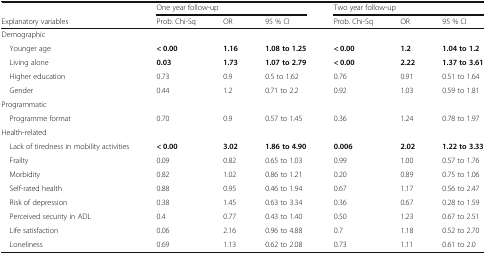
|  | <COLSPAN=3> One year follow-up | <COLSPAN=3> Two year follow-up |
 | Explanatory variables | Prob. Chi-Sq | OR | 95 % CI | Prob. Chi-Sq | OR | 95 % CI |
 | --- | --- | --- | --- | --- | --- | --- |
 | <COLSPAN=7> Demographic |
 | Younger age | < 0.00 | 1.16 | 1.08 to 1.25 | < 0.00 | 1.2 | 1.04 to 1.2 |
 | Living alone | 0.03 | 1.73 | 1.07 to 2.79 | < 0.00 | 2.22 | 1.37 to 3.61 |
 | Higher education | 0.73 | 0.9 | 0.5 to 1.62 | 0.76 | 0.91 | 0.51 to 1.64 |
 | Gender | 0.44 | 1.2 | 0.71 to 2.2 | 0.92 | 1.03 | 0.59 to 1.81 |
 | <COLSPAN=7> Programmatic |
 | Programme format | 0.70 | 0.9 | 0.57 to 1.45 | 0.36 | 1.24 | 0.78 to 1.97 |
 | <COLSPAN=7> Health-related |
 | Lack of tiredness in mobility activities | < 0.00 | 3.02 | 1.86 to 4.90 | 0.006 | 2.02 | 1.22 to 3.33 |
 | Frailty | 0.09 | 0.82 | 0.65 to 1.03 | 0.99 | 1.00 | 0.57 to 1.76 |
 | Morbidity | 0.82 | 1.02 | 0.86 to 1.21 | 0.20 | 0.89 | 0.75 to 1.06 |
 | Self-rated health | 0.88 | 0.95 | 0.46 to 1.94 | 0.67 | 1.17 | 0.56 to 2.47 |
 | Risk of depression | 0.38 | 1.45 | 0.63 to 3.34 | 0.36 | 0.67 | 0.28 to 1.59 |
 | Perceived security in ADL | 0.4 | 0.77 | 0.43 to 1.40 | 0.50 | 1.23 | 0.67 to 2.51 |
 | Life satisfaction | 0.06 | 2.16 | 0.96 to 4.88 | 0.7 | 1.18 | 0.52 to 2.70 |
 | Loneliness | 0.69 | 1.13 | 0.62 to 2.08 | 0.73 | 1.11 | 0.61 to 2.0 |